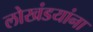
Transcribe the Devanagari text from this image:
लोखंडयांना